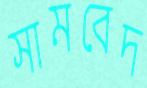
সামবেদ